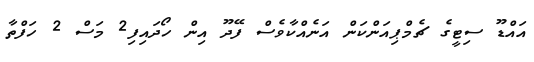
އައްޑޫ ސިޓީގެ ޗެމްޕިއަންކަން އަނެއްކާވެސް ފޭދޫ އިން ހޯދައިފި2 މަސް 2 ހަފްތާ